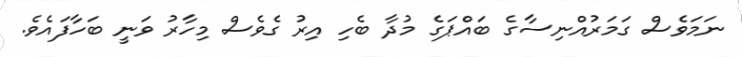
ނަމަވެސް ގަމަރުއްނިސާގެ ބައްޕަގެ މުދާ ބެހި އިރު ގެވެސް މިހާރު ވަނީ ބަހާފައެވެ.